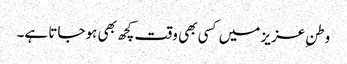
وطنِ عزیز میں کسی بھی وقت کچھ بھی ہوجاتا ہے۔